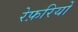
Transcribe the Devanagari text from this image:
रेफ़रियों